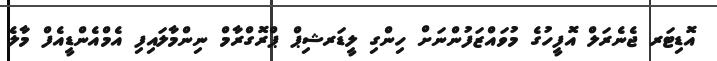
އޮޑިޓަރ ޖެނެރަލް އޮފީހުގެ މުވައްޒަފުންނަށް ހިންގި ލީޑަރޝިޕް ޕްރޮގްރާމް ނިންމާލައިފި އެމްއެންޑީއެފް މާލެ